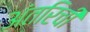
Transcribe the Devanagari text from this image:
अंतरिची